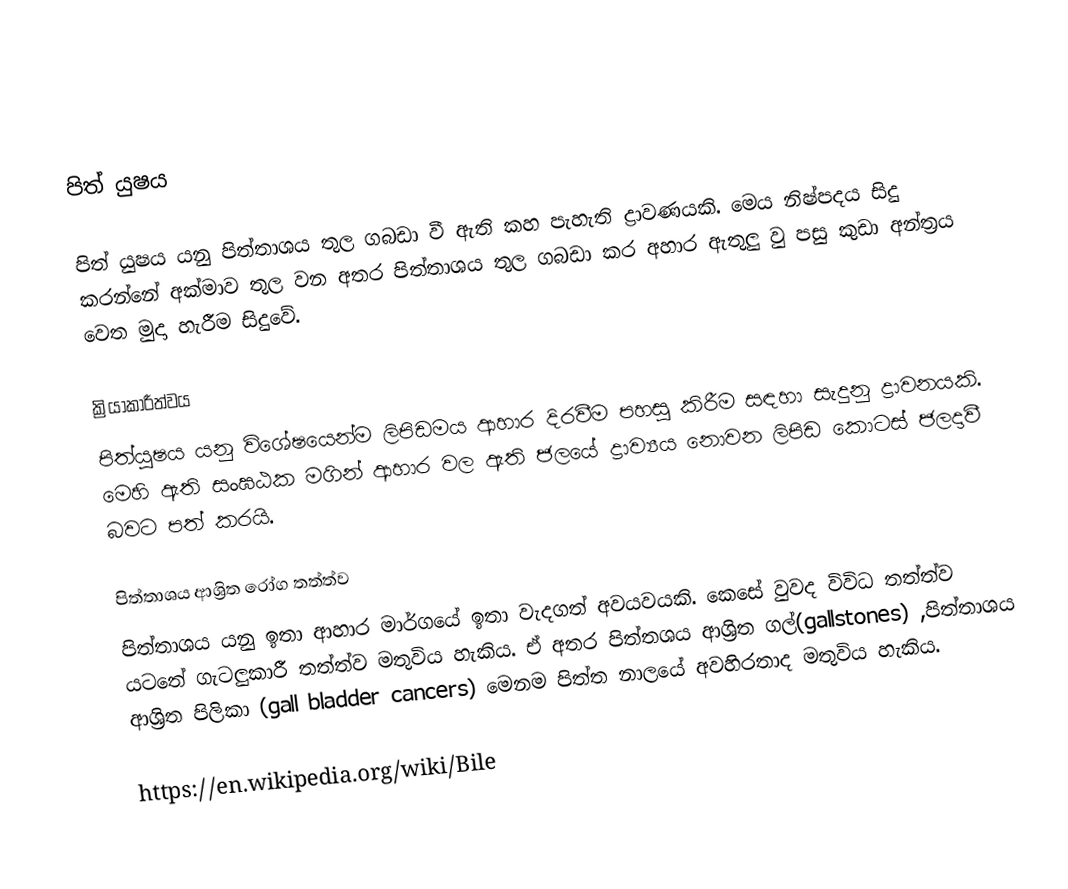

පිත් යුෂය

පිත් යුෂය යනු පිත්තාශය තුල ගබඩා වී ඇති කහ පැහැති ද්‍රාවණයකි. මෙය නිෂ්පදය සිදු කරන්නේ අක්මාව තුල වන අතර පිත්තාශය තුල ගබඩා කර අහාර ඇතුලු වු පසු කුඩා අන්ත්‍රය වෙත මුදා හැරීම සිදුවේ.

ක්‍රියාකාරීත්වය
පිත්යුෂය යනු විශේෂයෙන්ම ලිපිඩමය ආහාර දිරවීම පහසු කිරීම සඳහා සැදුනු ද්‍රාවනයකි. මෙහි ඇති සංඝඨක මගින් ආහාර වල ඇති ජලයේ ද්‍රාව්‍යය නොවන ලිපිඩ කොටස් ජලදාවී බවට පත් කරයි.

පිත්තාශය ආශ්‍රිත රෝග තත්ත්ව
පිත්තාශය යනු ඉතා ආහාර මාර්ගයේ ඉතා වැදගත් අවයවයකි. කෙසේ වුවද විවිධ තත්ත්ව යටතේ ගැටලුකාරී තත්ත්ව මතුවිය හැකිය. ඒ අතර පිත්තශය ආශ්‍රිත ගල්(gallstones) ,පිත්තාශය ආශ්‍රිත පිලිකා (gall bladder cancers) මෙනම පිත්ත නාලයේ අවහිරතාද මතුවිය හැකිය.

 https://en.wikipedia.org/wiki/Bile